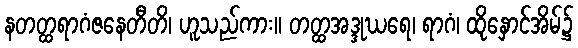
နတတ္ထရာဂံဇနေတီတိ၊ ဟူသည်ကား။ တတ္ထအဒ္ဒုဃရေ၊ ရာဂံ၊ ထိုနှောင်အိမ်၌